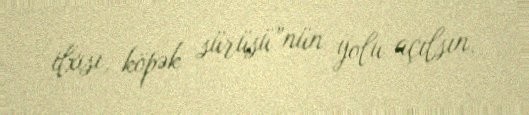
ilxısı, köpək sürüsü”nün yolu açılsın.